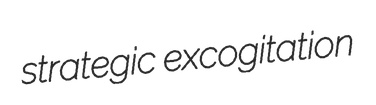
strategic excogitation